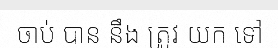
ចាប់ បាន នឹង ត្រូវ យក ទៅ